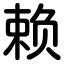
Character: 赖